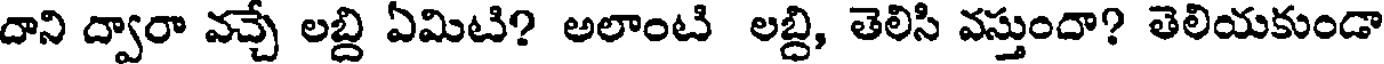
దాని ద్వారా వచ్చే లబ్ది ఏమిటి? అలాంటి లబ్ది, తెలిసి వస్తుందా? తెలియకుండా